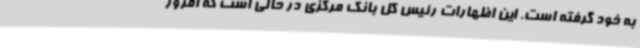
به خود گرفته است. این اظهارات رئیس کل بانک مرکزی در حالی است که امروز